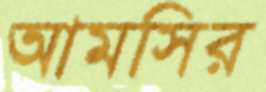
আমসির